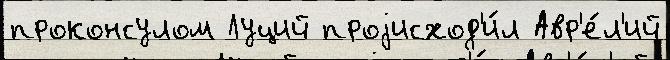
проконсулом Луций проjисход'и́л Авр'е́л'ий